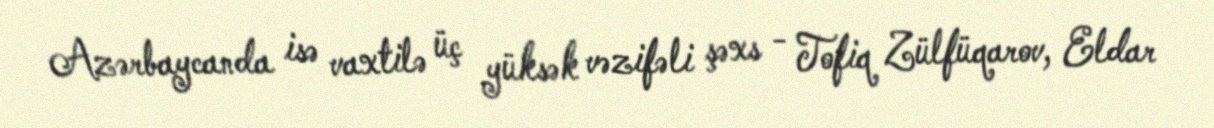
Azərbaycanda isə vaxtilə üç yüksək vəzifəli şəxs - Tofiq Zülfüqarov, Eldar